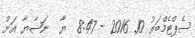
ސެޕްޓެމްބަރު 10